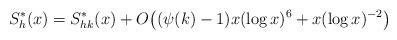
LaTeX: \begin{align*}S^*_h(x) = S^*_{hk}(x) +O\bigl((\psi(k)-1)x(\log x)^6 + x(\log x)^{-2} \bigr)\end{align*}